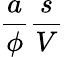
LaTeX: \frac{a}{\phi}\frac{s}{V}